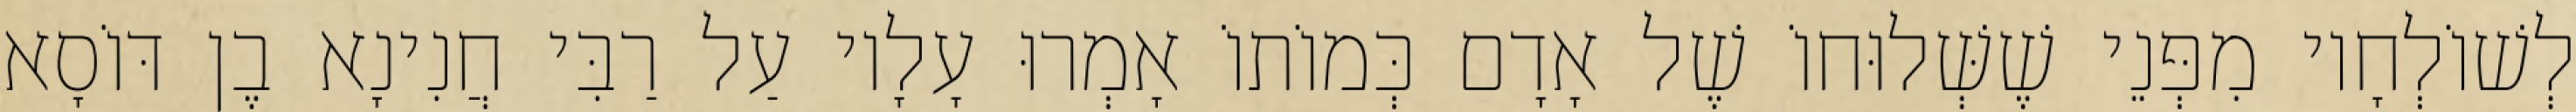
לְשׁוֹלְחָיו מִפְּנֵי שֶׁשְּׁלוּחוֹ שֶׁל אָדָם כְּמוֹתוֹ אָמְרוּ עָלָיו עַל רַבִּי חֲנִינָא בֶן דּוֹסָא